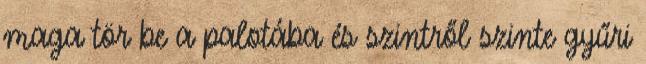
maga tör be a palotába és szintről szinte gyűri